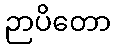
ဉာပိတော